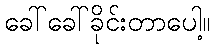
ခေါ်ခေါ်ခိုင်းတာပေါ့။